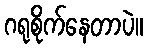
ဂရုစိုက်နေတာပဲ။